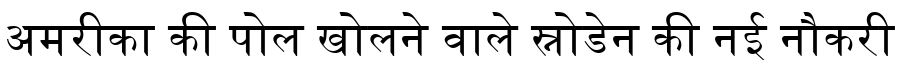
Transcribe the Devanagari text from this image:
अमरीका की पोल खोलने वाले स्नोडेन की नई नौकरी